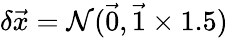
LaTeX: \delta\vec{x}=\mathcal{N}(\vec{0},\vec{1}\times 1.5)